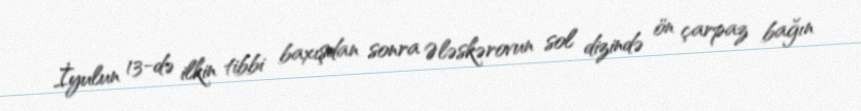
İyulun 13-də ilkin tibbi baxışdan sonra Ələskərovun sol dizində ön çarpaz bağın